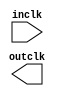

module cck (
	inclk,
	outclk);	

	input		inclk;
	output		outclk;
endmodule